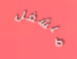
منشغل